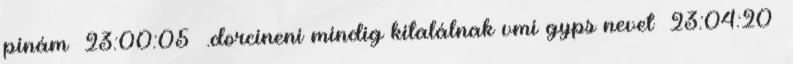
pinám 23:00:05 .dorcineni mindig kitalálnak vmi gyps nevet 23:04:20